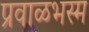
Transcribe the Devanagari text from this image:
प्रवाळभस्म